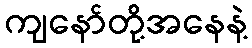
ကျနော်တို့အနေနဲ့